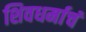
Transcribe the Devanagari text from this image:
शिवधर्माचं